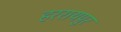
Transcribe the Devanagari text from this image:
हररायपुर